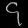
Digit: ၄